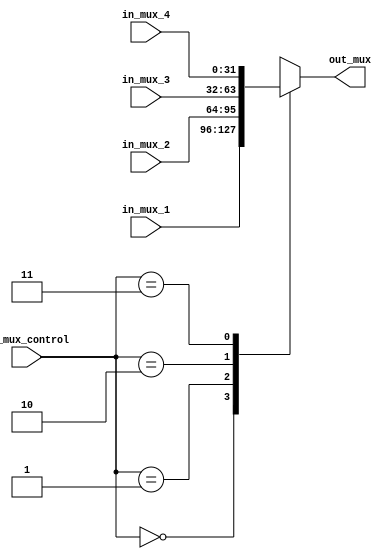
`timescale 1ns / 1ps
//////////////////////////////////////////////////////////////////////////////////
// Company: 
// Engineer: 
// 
// Design Name: 
// Module Name: Mux_4a1
// Project Name: 
// Target Devices: 
// Tool Versions: 
// Description: 
// 
// Dependencies: 
// 
// Revision:
// Revision 0.01 - File Created
// Additional Comments:
// 
//////////////////////////////////////////////////////////////////////////////////


module Mux_4a1#(
        
        parameter   N_BITS = 32,
        parameter   N_BITS_M = 2   
    )
    (
        input   wire    [N_BITS_M - 1 : 0]  in_mux_control,
        input   wire    [N_BITS - 1 : 0]    in_mux_1,
        input   wire    [N_BITS - 1 : 0]    in_mux_2,
        input   wire    [N_BITS - 1 : 0]    in_mux_3,
        input   wire    [N_BITS - 1 : 0]    in_mux_4,
        output  wire    [N_BITS - 1 : 0]    out_mux
    
    );
    
    //Registros
    reg [N_BITS - 1 : 0] reg_out_mux;
    
    always @ (*) begin
        case (in_mux_control)
            2'b00 : reg_out_mux <= in_mux_1;
            2'b01 : reg_out_mux <= in_mux_2;
            2'b10 : reg_out_mux <= in_mux_3;
            2'b11 : reg_out_mux <= in_mux_4;    
        endcase
    end
    
    assign out_mux = reg_out_mux;

endmodule